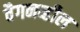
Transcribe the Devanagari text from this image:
वैगनव्हील